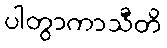
ပါတွာကာသီတိ